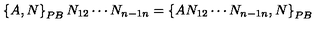
\left\{ A , N \right\} _ { { \footnotesize P B } } N _ { 1 2 } \cdots N _ { n - 1 n } = \left\{ A N _ { 1 2 } \cdots N _ { n - 1 n } , N \right\} _ { { \footnotesize P B } }